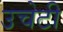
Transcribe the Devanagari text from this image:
उचेटी